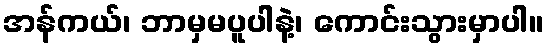
အန်ကယ်၊ ဘာမှမပူပါနဲ့၊ ကောင်းသွားမှာပါ။